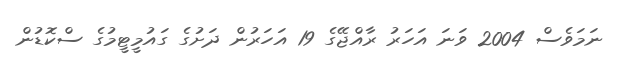
ނަމަވެސް 2004 ވަނަ އަހަރު ރާއްޖޭގެ 19 އަހަރުން ދަށުގެ ގައުމީޓީމުގެ ސްކޮޑުން